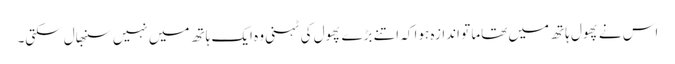
اس نے پھول ہاتھ میں تھاما تو اندازہ ہوا کہ اتنے بڑے پھول کی ٹہنی وہ ایک ہاتھ میں نہیں سنبھال سکتی۔